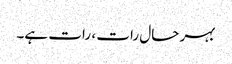
بہر حال رات ، رات ہے۔